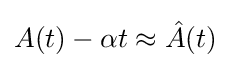
A(t)-\alpha t{}\approx {\hat {A}}(t)